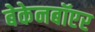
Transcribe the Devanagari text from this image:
बेकेनबॉएर